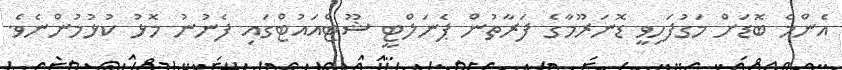
އެންމެ ބޮޑަށް މަގުފަހިވީ ޑޮނަރޫމާގެ ފަރާތުން ޕެނަލްޓީ ޝޫޓްއައުޓްގައި ފެނުނު މޮޅު ކުޅުމުންނެވެ.